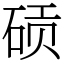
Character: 䂵